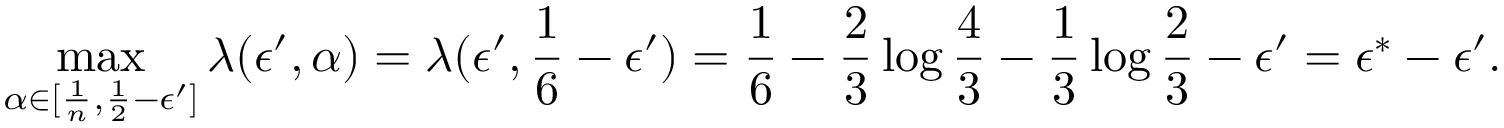
\operatorname* { m a x } _ { \alpha \in [ \frac 1 n , \frac 1 2 - \epsilon ^ { \prime } ] } \lambda ( \epsilon ^ { \prime } , \alpha ) = \lambda ( \epsilon ^ { \prime } , \frac { 1 } { 6 } - \epsilon ^ { \prime } ) = \frac { 1 } { 6 } - \frac { 2 } { 3 } \log { \frac { 4 } { 3 } } - \frac { 1 } { 3 } \log { \frac { 2 } { 3 } } - \epsilon ^ { \prime } = \epsilon ^ { * } - \epsilon ^ { \prime } .